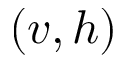
( v , h )